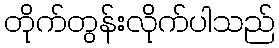
တိုက်တွန်းလိုက်ပါသည်